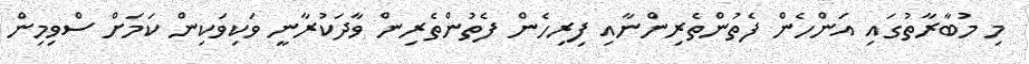
މި މުބާރާތުގައި އަންހެން ފެތުންތެރިންނާއި ފިރިހެން ފެތުންތެރިން ވާދަކުރާނީ ވަކިވަކިން ކަމަށް ސްވިމިން